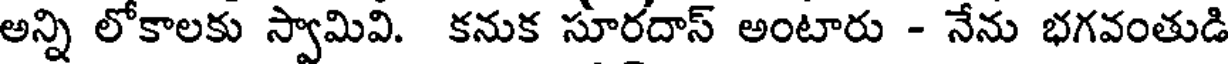
అన్ని లోకాలకు స్వామివి. కనుక సూరదాస్ అంటారు - నేను భగవంతుడి